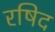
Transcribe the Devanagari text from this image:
रषिद